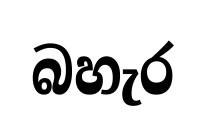
බහැර